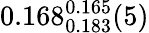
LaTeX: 0.168_{0.183}^{0.165}(5)